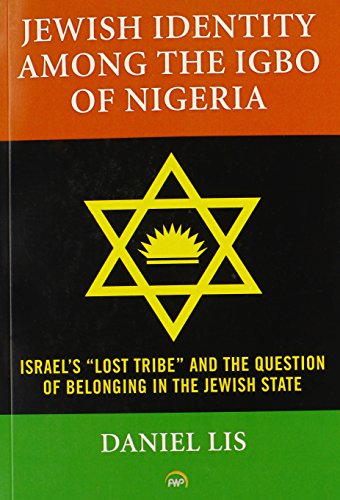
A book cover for JEWISH IDENTITY AMONG THE IGBO OF NIGERIA: Israel s Lost Tribe and The Question of Belonging in the Jewish State; Daniel Lis; History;